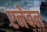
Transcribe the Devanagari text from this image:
एनेबल